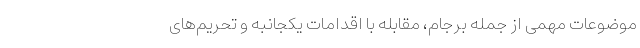
موضوعات مهمی از جمله برجام، مقابله با اقدامات یکجانبه و تحریم‌های